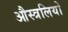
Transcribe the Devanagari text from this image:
औस्त्रलियो